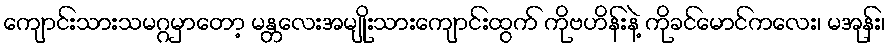
ကျောင်းသားသမဂ္ဂမှာတော့ မန္တလေးအမျိုးသားကျောင်းထွက် ကိုဗဟိန်းနဲ့ ကိုခင်မောင်ကလေး၊ မအုန်း၊